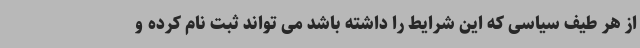
از هر طیف سیاسی که این شرایط را داشته باشد می تواند ثبت نام کرده و